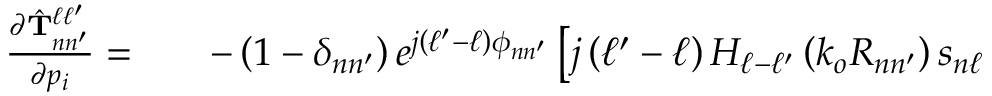
\begin{array} { r l r } { \frac { \partial \hat { \mathbf { T } } _ { n n ^ { \prime } } ^ { \ell \ell ^ { \prime } } } { \partial p _ { i } } = } & { { } } & { - \left( 1 - \delta _ { n n ^ { \prime } } \right) e ^ { j \left( \ell ^ { \prime } - \ell \right) \phi _ { n n ^ { \prime } } } \left[ j \left( \ell ^ { \prime } - \ell \right) H _ { \ell - \ell ^ { \prime } } \left( k _ { o } R _ { n n ^ { \prime } } \right) s _ { n \ell } \right. } \end{array}